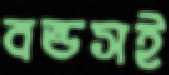
বন্ডসই